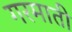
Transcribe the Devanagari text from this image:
गरमाती